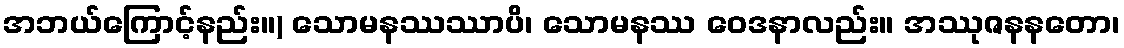
အဘယ်ကြောင့်နည်း။) သောမနဿဿာပိ၊ သောမနဿ ဝေဒနာလည်း။ အဿုဇနနတော၊